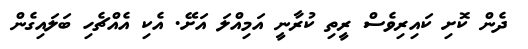
ދެން ކޮށި ކައިރިވެސް ރީތި ކުރާނީ އަމިއްލަ އަށޭ. އެކި އެއްޗެހި ބަލައިގެން